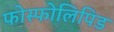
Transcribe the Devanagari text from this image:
फोस्फोलिपिड